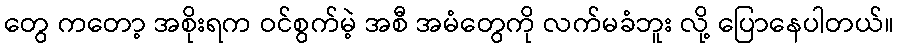
တွေ ကတော့ အစိုးရက ဝင်စွက်မဲ့ အစီ အမံတွေကို လက်မခံဘူး လို့ ပြောနေပါတယ်။